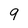
Character: 9